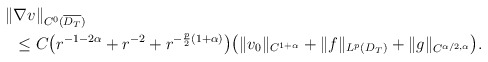
\begin{align*}\begin{aligned}\|&\nabla v\|_{C^0(\overline{D_T})}\\&\leq C\big(r^{-1-2\alpha}+r^{-2}+r^{-\frac{p}{2}(1+\alpha)}\big)\big(\|v_{0}\|_{C^{1+\alpha}}+\|f\|_{L^p(D_T)}+\|g \|_{C^{\alpha/2,\alpha}}\big).\end{aligned}\end{align*}